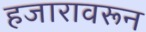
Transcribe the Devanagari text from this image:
हजारावरून